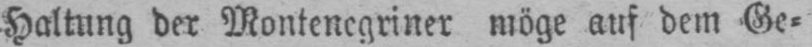
Haltung der Montenegriner möge auf dem Ge⸗